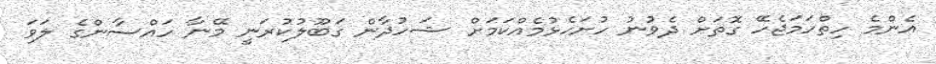
އެންމެ ހިތްހަމަޖެހޭ ގޮތަށް ދެވުނު ހުށަހެޅުމެއްކަމަށް ޝަހުދާން ގަބޫލުކުރަނީ މޭނާ ހައްސާންގެ ލަވަ